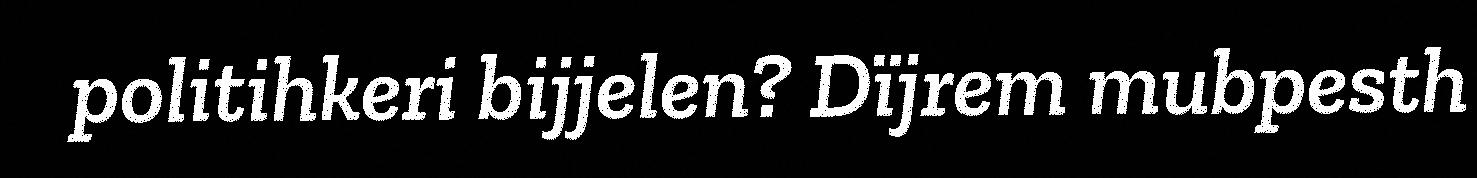
politihkeri bijjelen? Dïjrem mubpesth